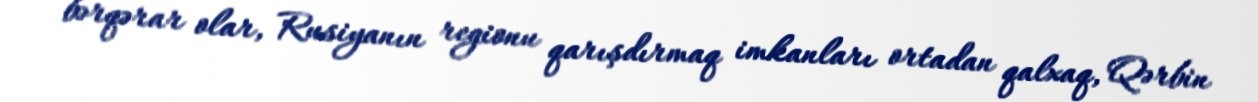
bərqərar olar, Rusiyanın regionu qarışdırmaq imkanları ortadan qalxaq, Qərbin